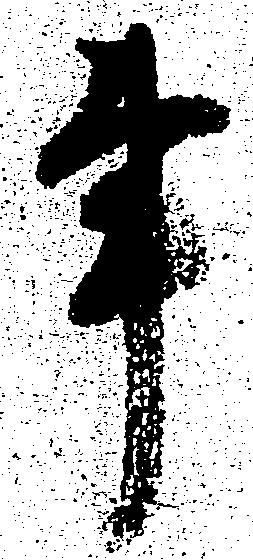
事